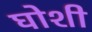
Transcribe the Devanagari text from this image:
घोशी